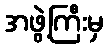
အဖွဲ့ကြီးမှ